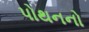
પોથનનો